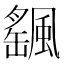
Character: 颻